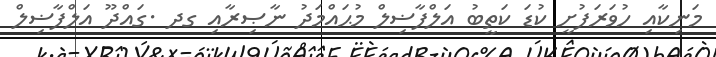
މަނިކާއި ހުވަރަފުށީ ކުޑަ ކަތީބު އަލްފާޟިލް މުޙައްމަދު ނާޞިރާއި ގދ .ގައްދޫ އަލްފާޟިލް